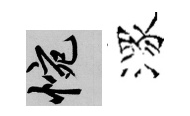
惋潈